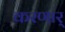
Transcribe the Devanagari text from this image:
करणार्